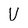
Character: U